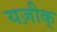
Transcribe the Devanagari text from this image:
यज़ीक्